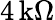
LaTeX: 4\, \textrm{k}\Omega